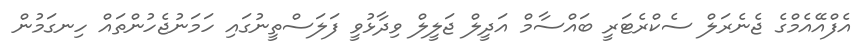
އެފްއޭއެމްގެ ޖެނެރަލް ސެކްރެޓަރީ ބައްސާމް އަދީލް ޖަލީލް ވިދާޅުވީ ފަލަސްތީނުގައި ހަމަނުޖެހުންތައް ހިނގަމުން